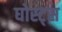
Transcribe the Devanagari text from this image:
घोस्ट्‌स